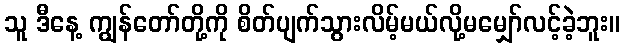
သူ ဒီနေ့ ကျွန်တော်တို့ကို စိတ်ပျက်သွားလိမ့်မယ်လို့မမျှော်လင့်ခဲ့ဘူး။